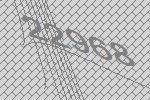
22968